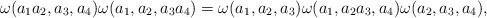
LaTeX: \begin{align*}\omega(a_1a_2,a_3,a_4)\omega(a_1,a_2,a_3a_4)=\omega(a_1,a_2,a_3)\omega(a_1,a_2a_3,a_4)\omega(a_2,a_3,a_4), \end{align*}